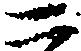
二